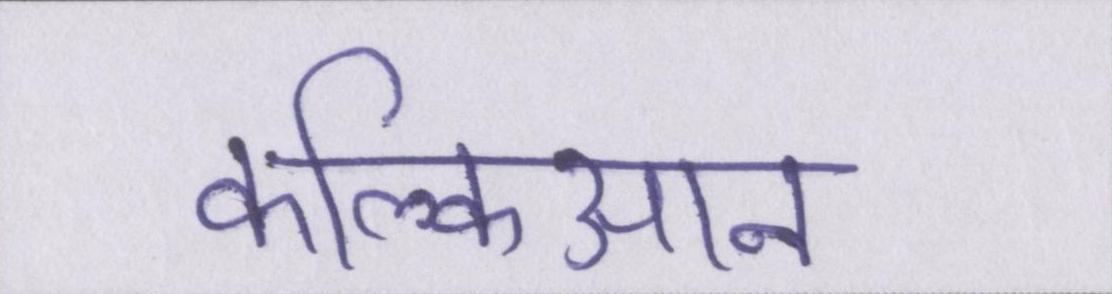
कल्किआन